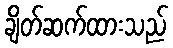
ချိတ်ဆက်ထားသည်